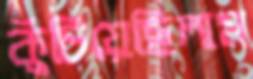
কুঁচিয়েছিলাম